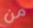
من